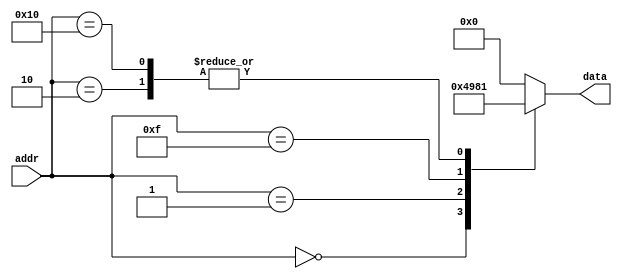
module top(data, addr);
output [3:0] data;
input [4:0] addr;
always @(addr) begin
case (addr)
0 : data = 'h4;
1 : data = 'h9;
2 : data = 'h1;
15 : data = 'h8;
16 : data = 'h1;
17 : data = 'h0;
default : data = 'h0;
endcase
end
endmodule